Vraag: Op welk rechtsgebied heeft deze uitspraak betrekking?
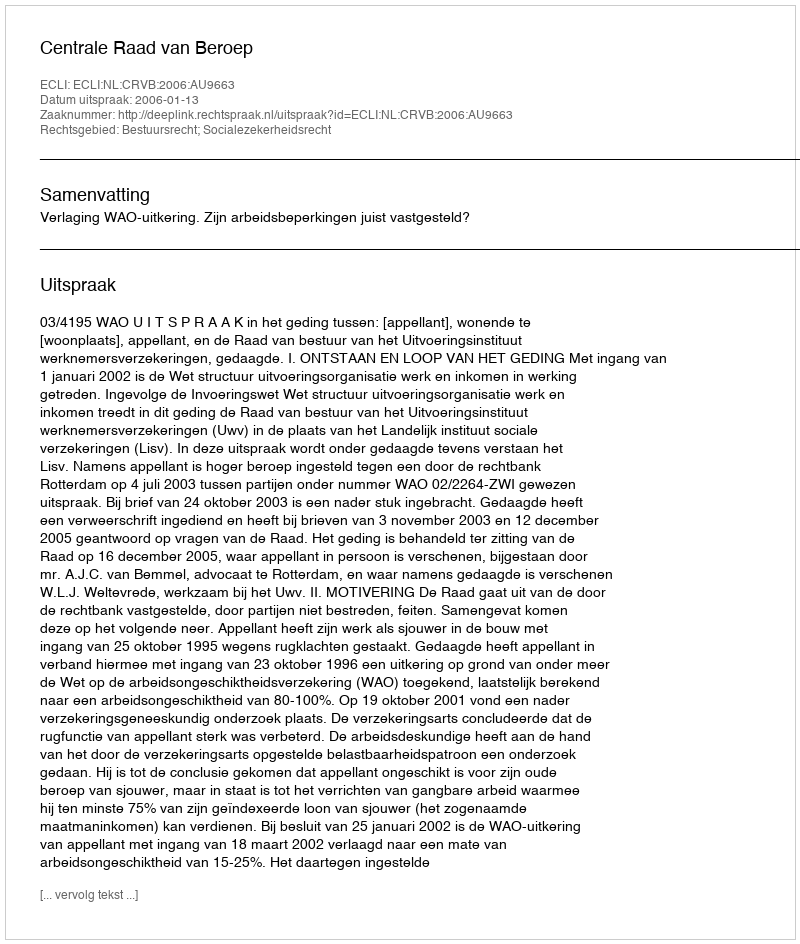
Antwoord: Bestuursrecht; Socialezekerheidsrecht